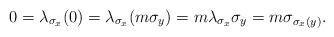
LaTeX: \begin{align*}0=\lambda_{\sigma_x}(0)=\lambda_{\sigma_x}(m\sigma_y)=m\lambda_{\sigma_x}\sigma_y=m\sigma_{\sigma_x(y)}.\end{align*}